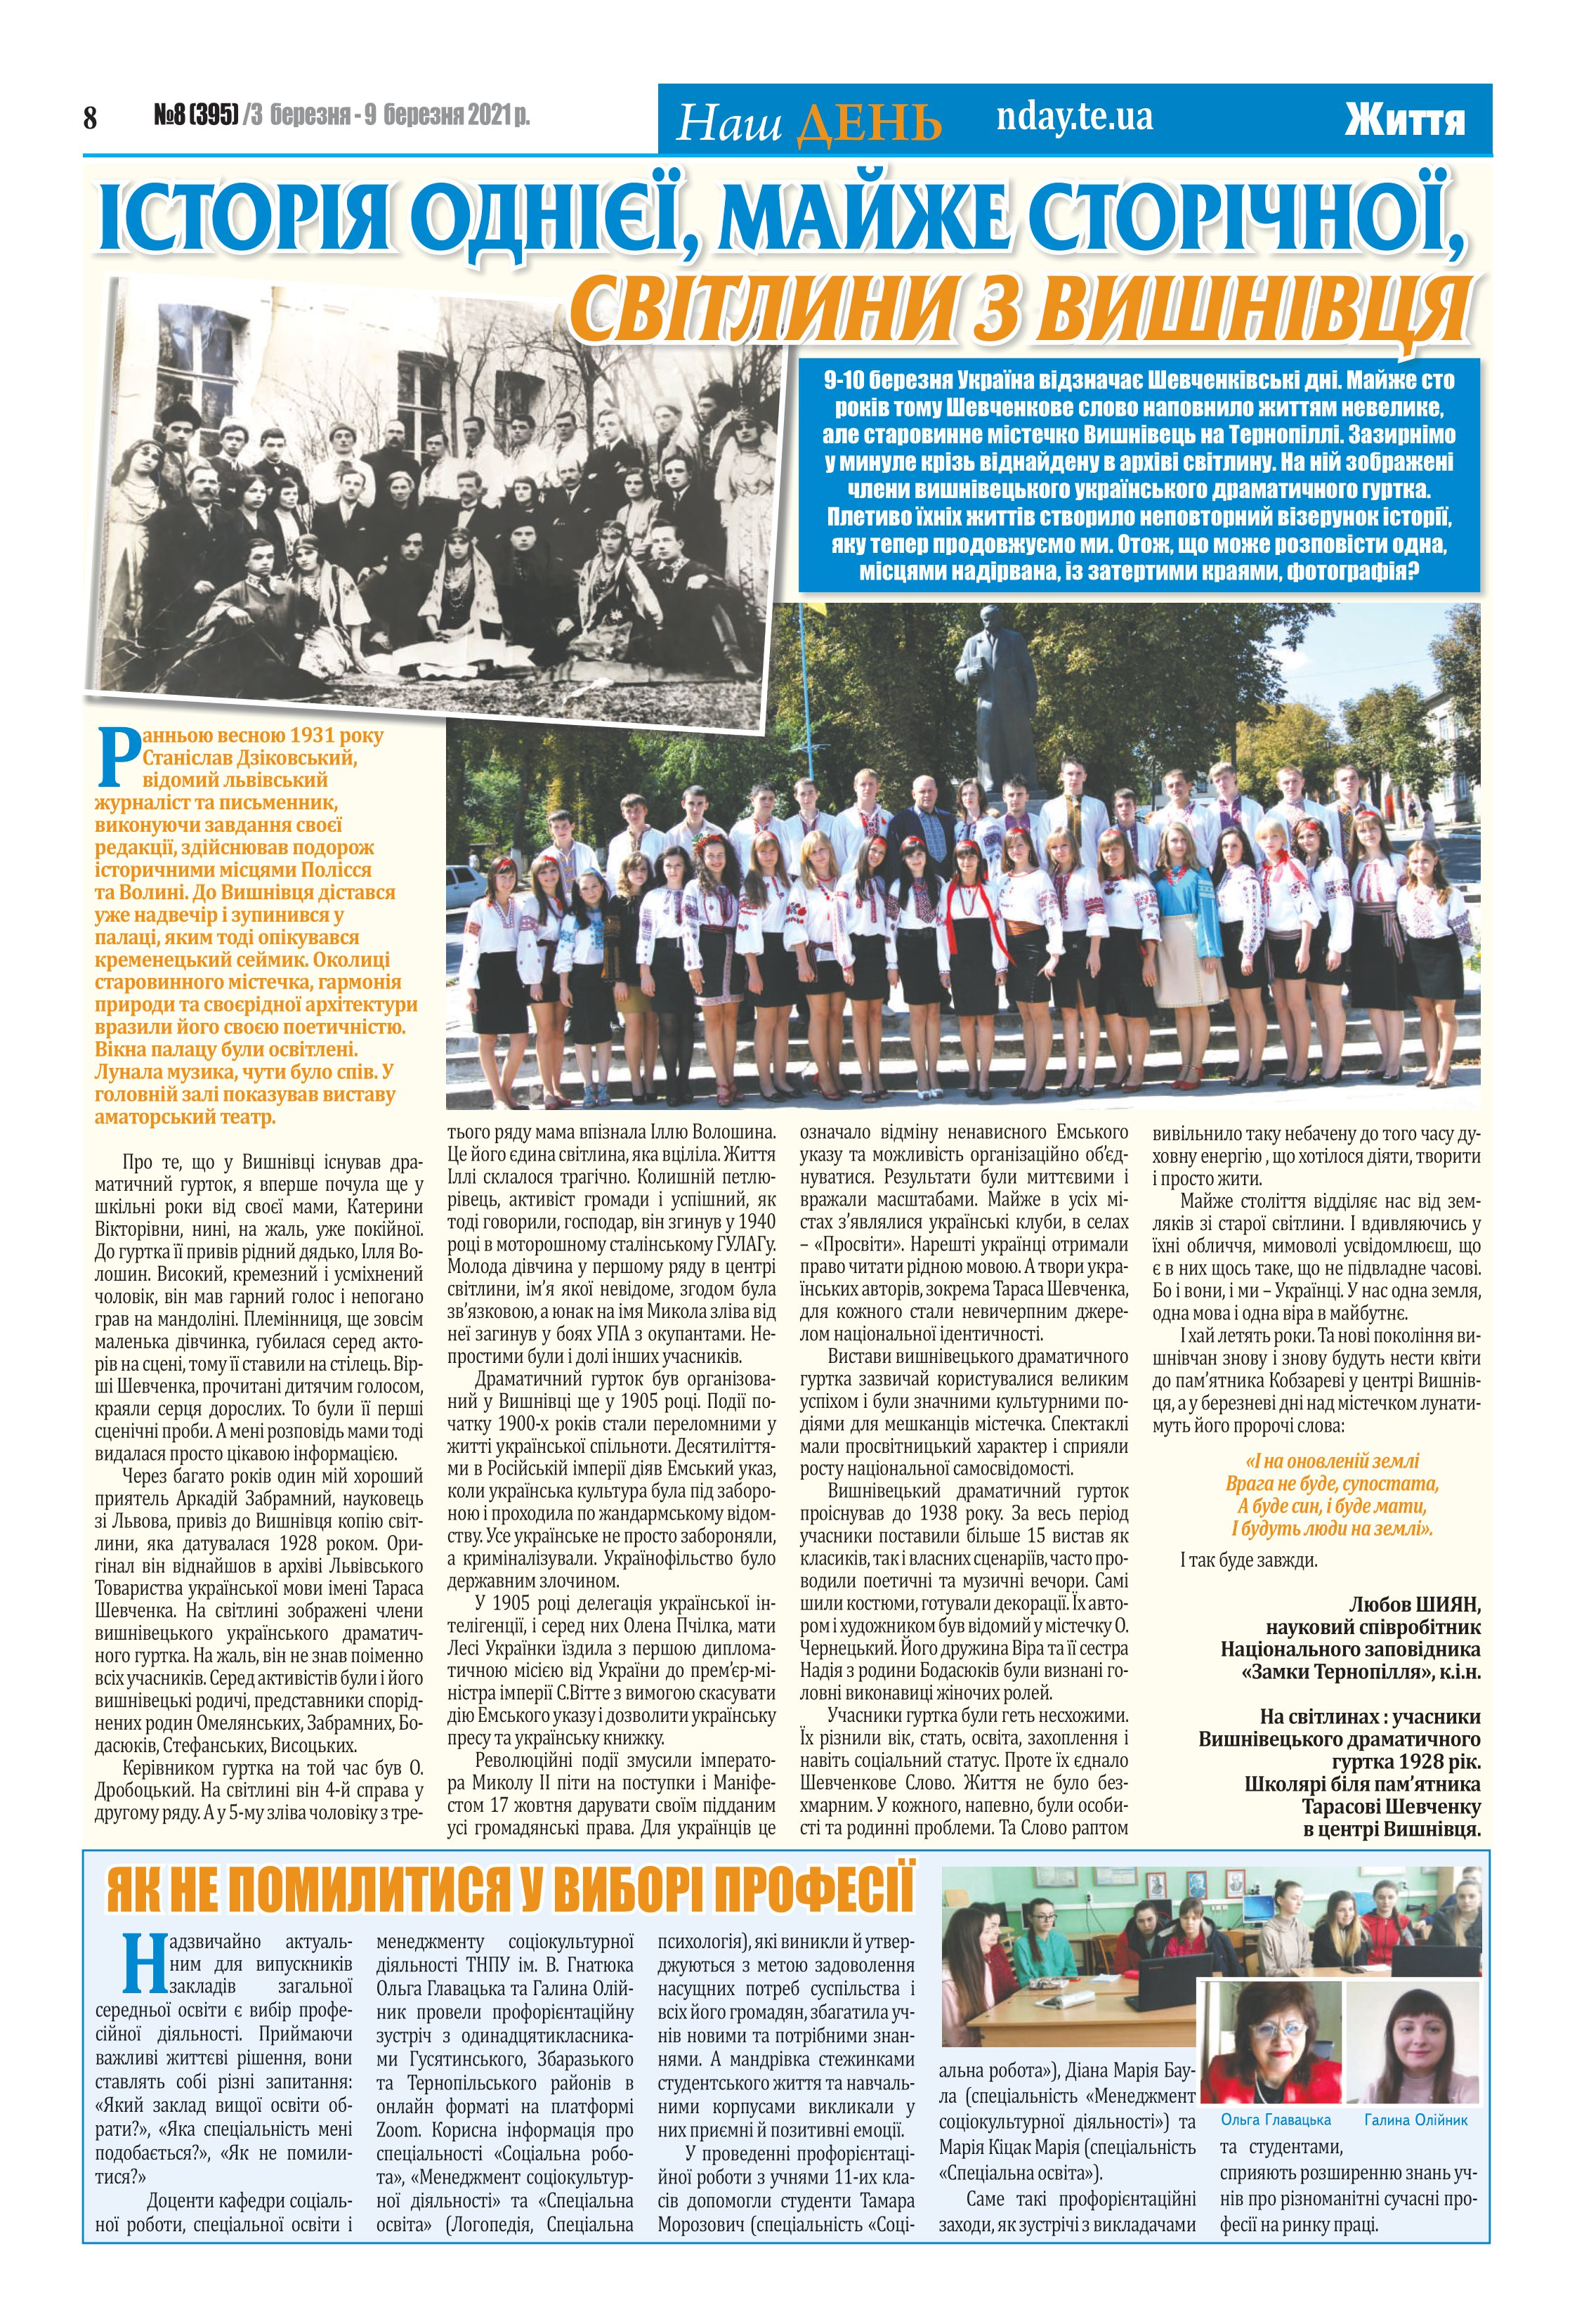
Language: uk